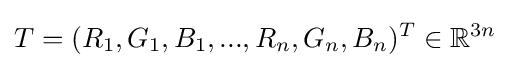
T=(R_{1},G_{1},B_{1},...,R_{n},G_{n},B_{n})^{T}\in \mathbb {R} ^{3n}